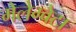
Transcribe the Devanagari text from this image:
मेलेग्वेटा